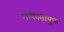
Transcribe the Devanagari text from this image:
अन्यवसायुक्त